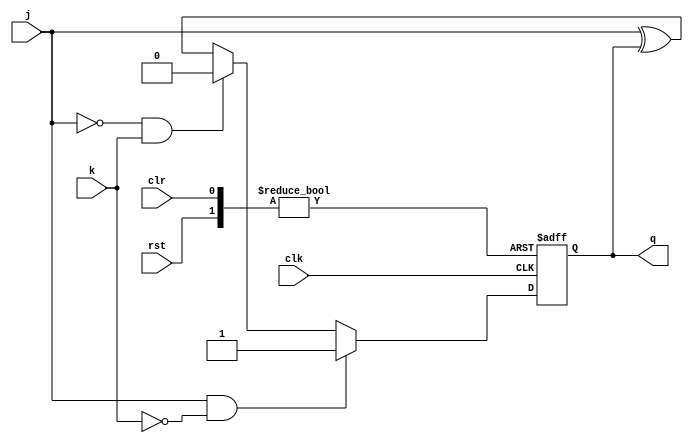
module jk_latch (
    input wire clk,
    input wire rst,
    input wire j,
    input wire k,
    input wire clr,
    output reg q
);

always @(posedge clk or posedge rst or posedge clr) begin
    if (clr) begin
        q <= 1'b0;
    end else if (rst) begin
        q <= 1'b0;
    end else if (j && !k) begin
        q <= 1'b1;
    end else if (!j && k) begin
        q <= 1'b0;
    end else begin
        q <= j ^ q;
    end
end

endmodule